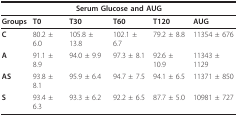
<table><thead><tr><td colspan="6"><b>Serum Glucose and AUG</b></td></tr></thead><tbody><tr><td><b>Groups</b></td><td><b>T0</b></td><td><b>T30</b></td><td><b>T60</b></td><td><b>T120</b></td><td><b>AUG</b></td></tr><tr><td><b>C</b></td><td>80.2 ± 6.0</td><td>105.8 ± 13.8</td><td>102.1 ± 6.7</td><td>79.2 ± 8.8</td><td>11354 ± 676</td></tr><tr><td><b>A</b></td><td>91.1 ± 8.9</td><td>94.0 ± 9.9</td><td>97.3 ± 8.1</td><td>92.6 ± 10.9</td><td>11343 ± 1129</td></tr><tr><td><b>AS</b></td><td>93.8 ± 8.1</td><td>95.9 ± 6.4</td><td>94.7 ± 7.5</td><td>94.1 ± 6.5</td><td>11371 ± 850</td></tr><tr><td><b>S</b></td><td>93.4 ± 6.3</td><td>93.3 ± 6.2</td><td>92.2 ± 6.5</td><td>87.7 ± 5.0</td><td>10981 ± 727</td></tr></tbody></table>